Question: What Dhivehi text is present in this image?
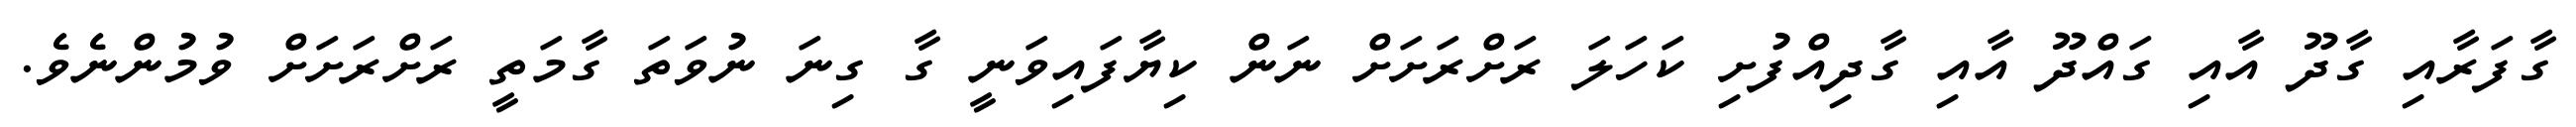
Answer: ގާފަރާއި ގާދޫ އާއި ގައްދޫ އާއި ގާދިއްފުށި ކަހަލަ ރަށްރަށަށް ނަން ކިޔާފައިވަނީ ގާ ގިނަ ނުވަތަ ގާމަތީ ރަށްރަށަށް ވުމުންނެވެ.